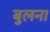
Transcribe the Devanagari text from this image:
बुलना